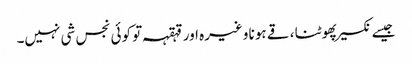
جیسے نکسیر پھوٹنا ، قے ہونا وغیرہ اور قہقہہ تو کوئی نجس شی نہیں۔